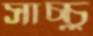
সাচ্চু